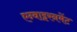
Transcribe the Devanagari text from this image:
एन्वाइरनमेंट